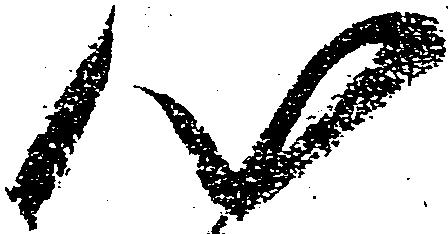
心